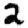
Digit: 2